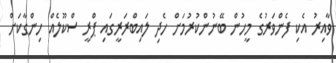
ވާއިރު އެކި ފެންވަރުގެ މީހުން ބޭނުންކުރުމަށް ހެދި ލައިބްރަރީގައި ޕްރީ ސްކޫލެއް ހިންގާކަށް